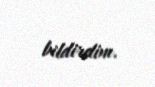
bildirdim.